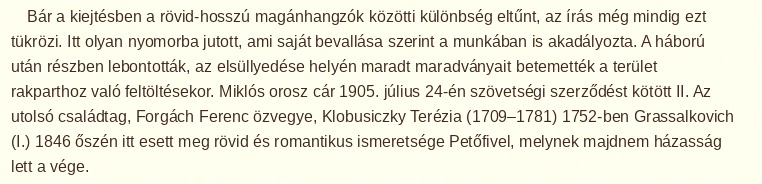
Bár a kiejtésben a rövid-hosszú magánhangzók közötti különbség eltűnt, az írás még mindig ezt tükrözi. Itt olyan nyomorba jutott, ami saját bevallása szerint a munkában is akadályozta. A háború után részben lebontották, az elsüllyedése helyén maradt maradványait betemették a terület rakparthoz való feltöltésekor. Miklós orosz cár 1905. július 24-én szövetségi szerződést kötött II. Az utolsó családtag, Forgách Ferenc özvegye, Klobusiczky Terézia (1709–1781) 1752-ben Grassalkovich (I.) 1846 őszén itt esett meg rövid és romantikus ismeretsége Petőfivel, melynek majdnem házasság lett a vége.